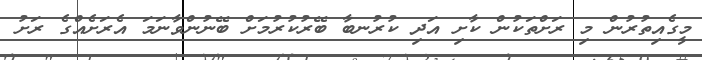
މީގެއިތުރުން މި ރަށްތަކުން ކާށި އަދި ކުރުނބާ ބޭރުކުރުމަށް ބޭނުންވާނަމަ އެރަށެއްގެ ރަށު